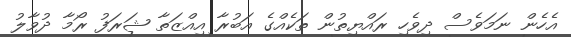
އެހެން ނަމަވެސް ދިވެހި ރައްޔިތުން ތަކެއްގެ އަބުރާ އިއްޒަތާ ޝަރަފު ރޯމާ ދުވާލު